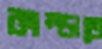
কাম্‌ড়াতে